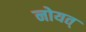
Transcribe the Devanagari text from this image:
नोयत्